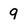
Character: 9